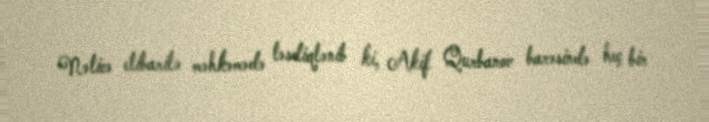
Nəticə etibarilə məhkəmədə təsdiqlənib ki, Akif Qurbanov barəsində heç bir